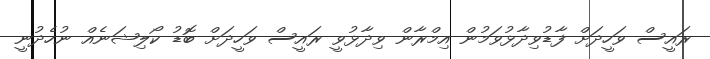
ރައީސް ވަހީދަށް ފާޑުވިދާޅުވަމުން އިމްރާން ވިދާޅުވީ ރައީސް ވަހީދަށް ބޮޑު ކޯލިޝަނެއް ނުހެދުނީ